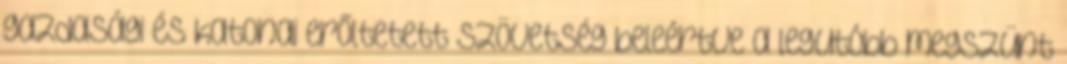
gazdasági és katonai erőltetett szövetség beleértve a legutóbb megszünt